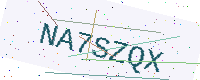
Text: NA7SZQX